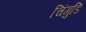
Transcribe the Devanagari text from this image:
चिंगुडि